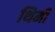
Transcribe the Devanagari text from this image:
थिमी